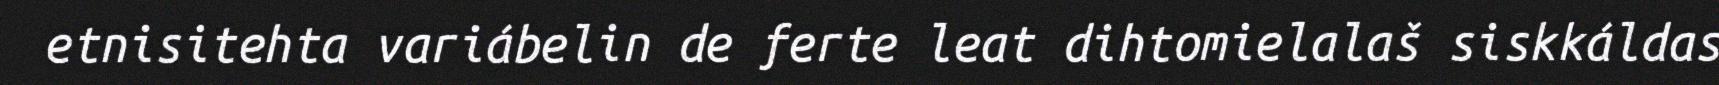
etnisitehta variábelin de ferte leat dihtomielalaš siskkáldas